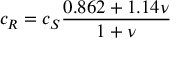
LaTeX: c _ { R } = c _ { S } { \frac { 0 . 8 6 2 + 1 . 1 4 \nu } { 1 + \nu } }